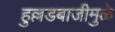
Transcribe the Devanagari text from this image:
हुल्लडबाजीमुळे